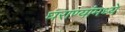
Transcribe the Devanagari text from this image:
घराण्यांमध्ये